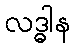
လဒ္ဓါန